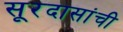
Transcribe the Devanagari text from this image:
सूरदासांची